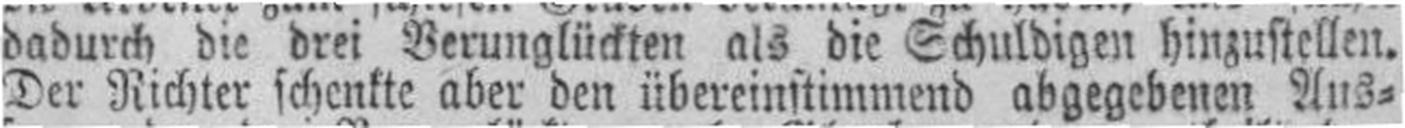
Der Richter schenkte aber den übereinstimmend abgegebenen Aus¬